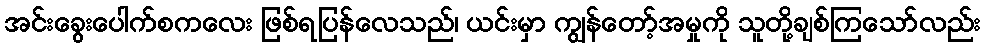
အင်းခွေးပေါက်စကလေး ဖြစ်ရပြန်လေသည်၊ ယင်းမှာ ကျွန်တော့်အမှုကို သူတို့ချစ်ကြသော်လည်း